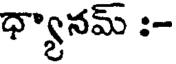
ధ్యానమ్ :-